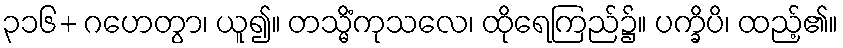
၃၁၆+ ဂဟေတွာ၊ ယူ၍။ တသ္မိံကုသလေ၊ ထိုရေကြည်၌။ ပက္ခိပိ၊ ထည့်၏။